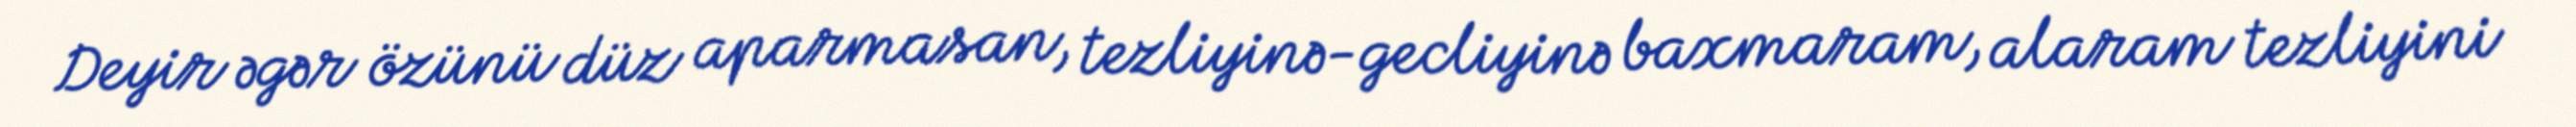
Deyir əgər özünü düz aparmasan, tezliyinə-gecliyinə baxmaram, alaram tezliyini